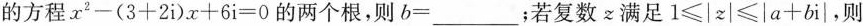
的方程$$x^{2}-(3+2i)x+6i=0$$的两个根，则$$b=___$$；若复数z满足$$1\leqslant |z|\leqslant |a+bi|$$，则